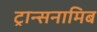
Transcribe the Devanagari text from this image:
ट्रान्सनामिब